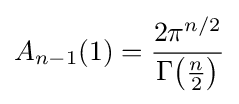
A_{n-1}(1)={\frac {2\pi ^{n/2}}{\Gamma {\bigl (}{\tfrac {n}{2}}{\bigr )}}}